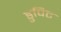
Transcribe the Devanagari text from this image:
डुपिट